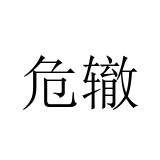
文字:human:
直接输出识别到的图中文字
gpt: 危辙